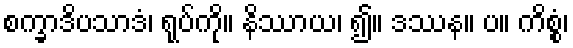
စက္ခာဒိပသာဒံ၊ ရုပ်ကို။ နိဿာယ၊ ၍။ ဒဿန။ ပ။ ကိစ္စံ၊